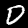
Label: 0